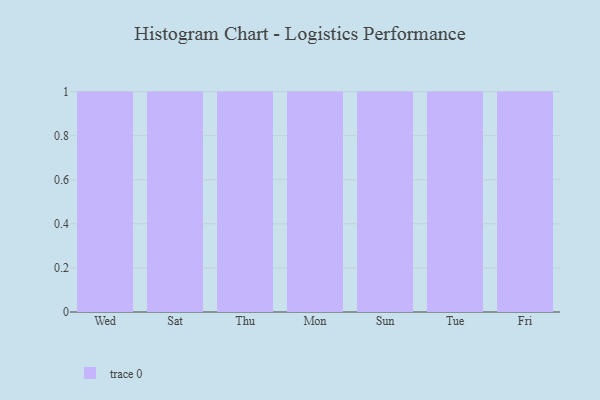
{"axis": {"x": "Day", "y": "Energy Usage (MWh)"}, "legend": [""], "data": [{"x": "Wed", "y": 93, "type": ""}, {"x": "Sat", "y": 100, "type": ""}, {"x": "Thu", "y": 74, "type": ""}, {"x": "Mon", "y": 54, "type": ""}, {"x": "Sun", "y": 76, "type": ""}, {"x": "Tue", "y": 52, "type": ""}, {"x": "Fri", "y": 34, "type": ""}]}